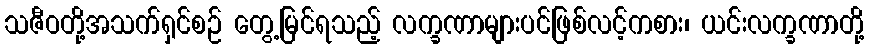
သဇီဝတို့အသက်ရှင်စဉ် တွေ့မြင်ရသည့် လက္ခဏာများပင်ဖြစ်လင့်ကစား၊ ယင်းလက္ခဏာတို့